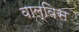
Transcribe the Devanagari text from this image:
वाल्विस